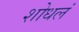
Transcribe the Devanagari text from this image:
शोधलं